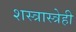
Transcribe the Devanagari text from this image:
शस्त्रास्त्रेही